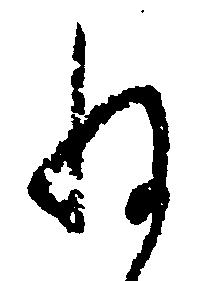
ね